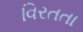
વિરતતા